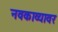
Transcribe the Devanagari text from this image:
नवकाव्यावर